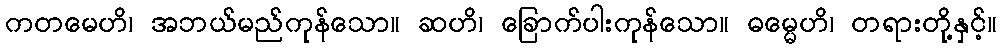
ကတမေဟိ၊ အဘယ်မည်ကုန်သော။ ဆဟိ၊ ခြောက်ပါးကုန်သော။ ဓမ္မေဟိ၊ တရားတို့နှင့်။